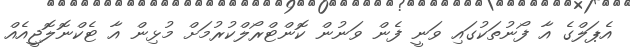
އެޕަލްގެ އާ ފޯނުތަކުގައި ވަނީ ފެން ވަނުން ކޮންޓްރޯލްކުރުމަށް މުޅިން އާ ޓެކްނޮލޮޖީއެއް